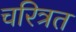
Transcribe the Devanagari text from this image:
चरित्रत